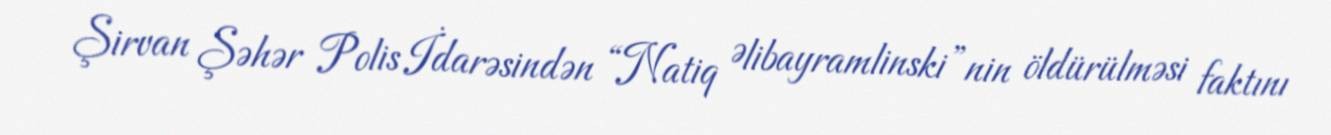
Şirvan Şəhər Polis İdarəsindən “Natiq Əlibayramlinski”nin öldürülməsi faktını